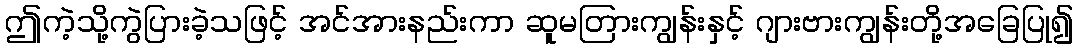
ဤကဲ့သို့ကွဲပြားခဲ့သဖြင့် အင်အားနည်းကာ ဆူမတြားကျွန်းနှင့် ဂျားဗားကျွန်းတို့အခြေပြု၍